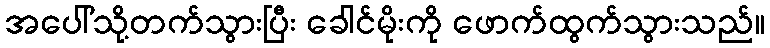
အပေါ်သို့တက်သွားပြီး ခေါင်မိုးကို ဖောက်ထွက်သွားသည်။